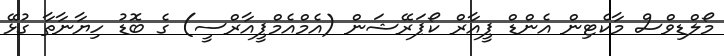
މޯލްޑިވްސް މާކެޓިން އެންޑް ޕީއާރް ކޯޕަރޭޝަން (އެމްއެމްޕީއާރްސީ) ގެ ބޮޑު ހިޔާނާތާ ގުޅޭ